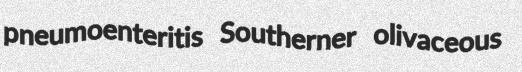
pneumoenteritis Southerner olivaceous